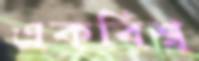
একবিশ্ব